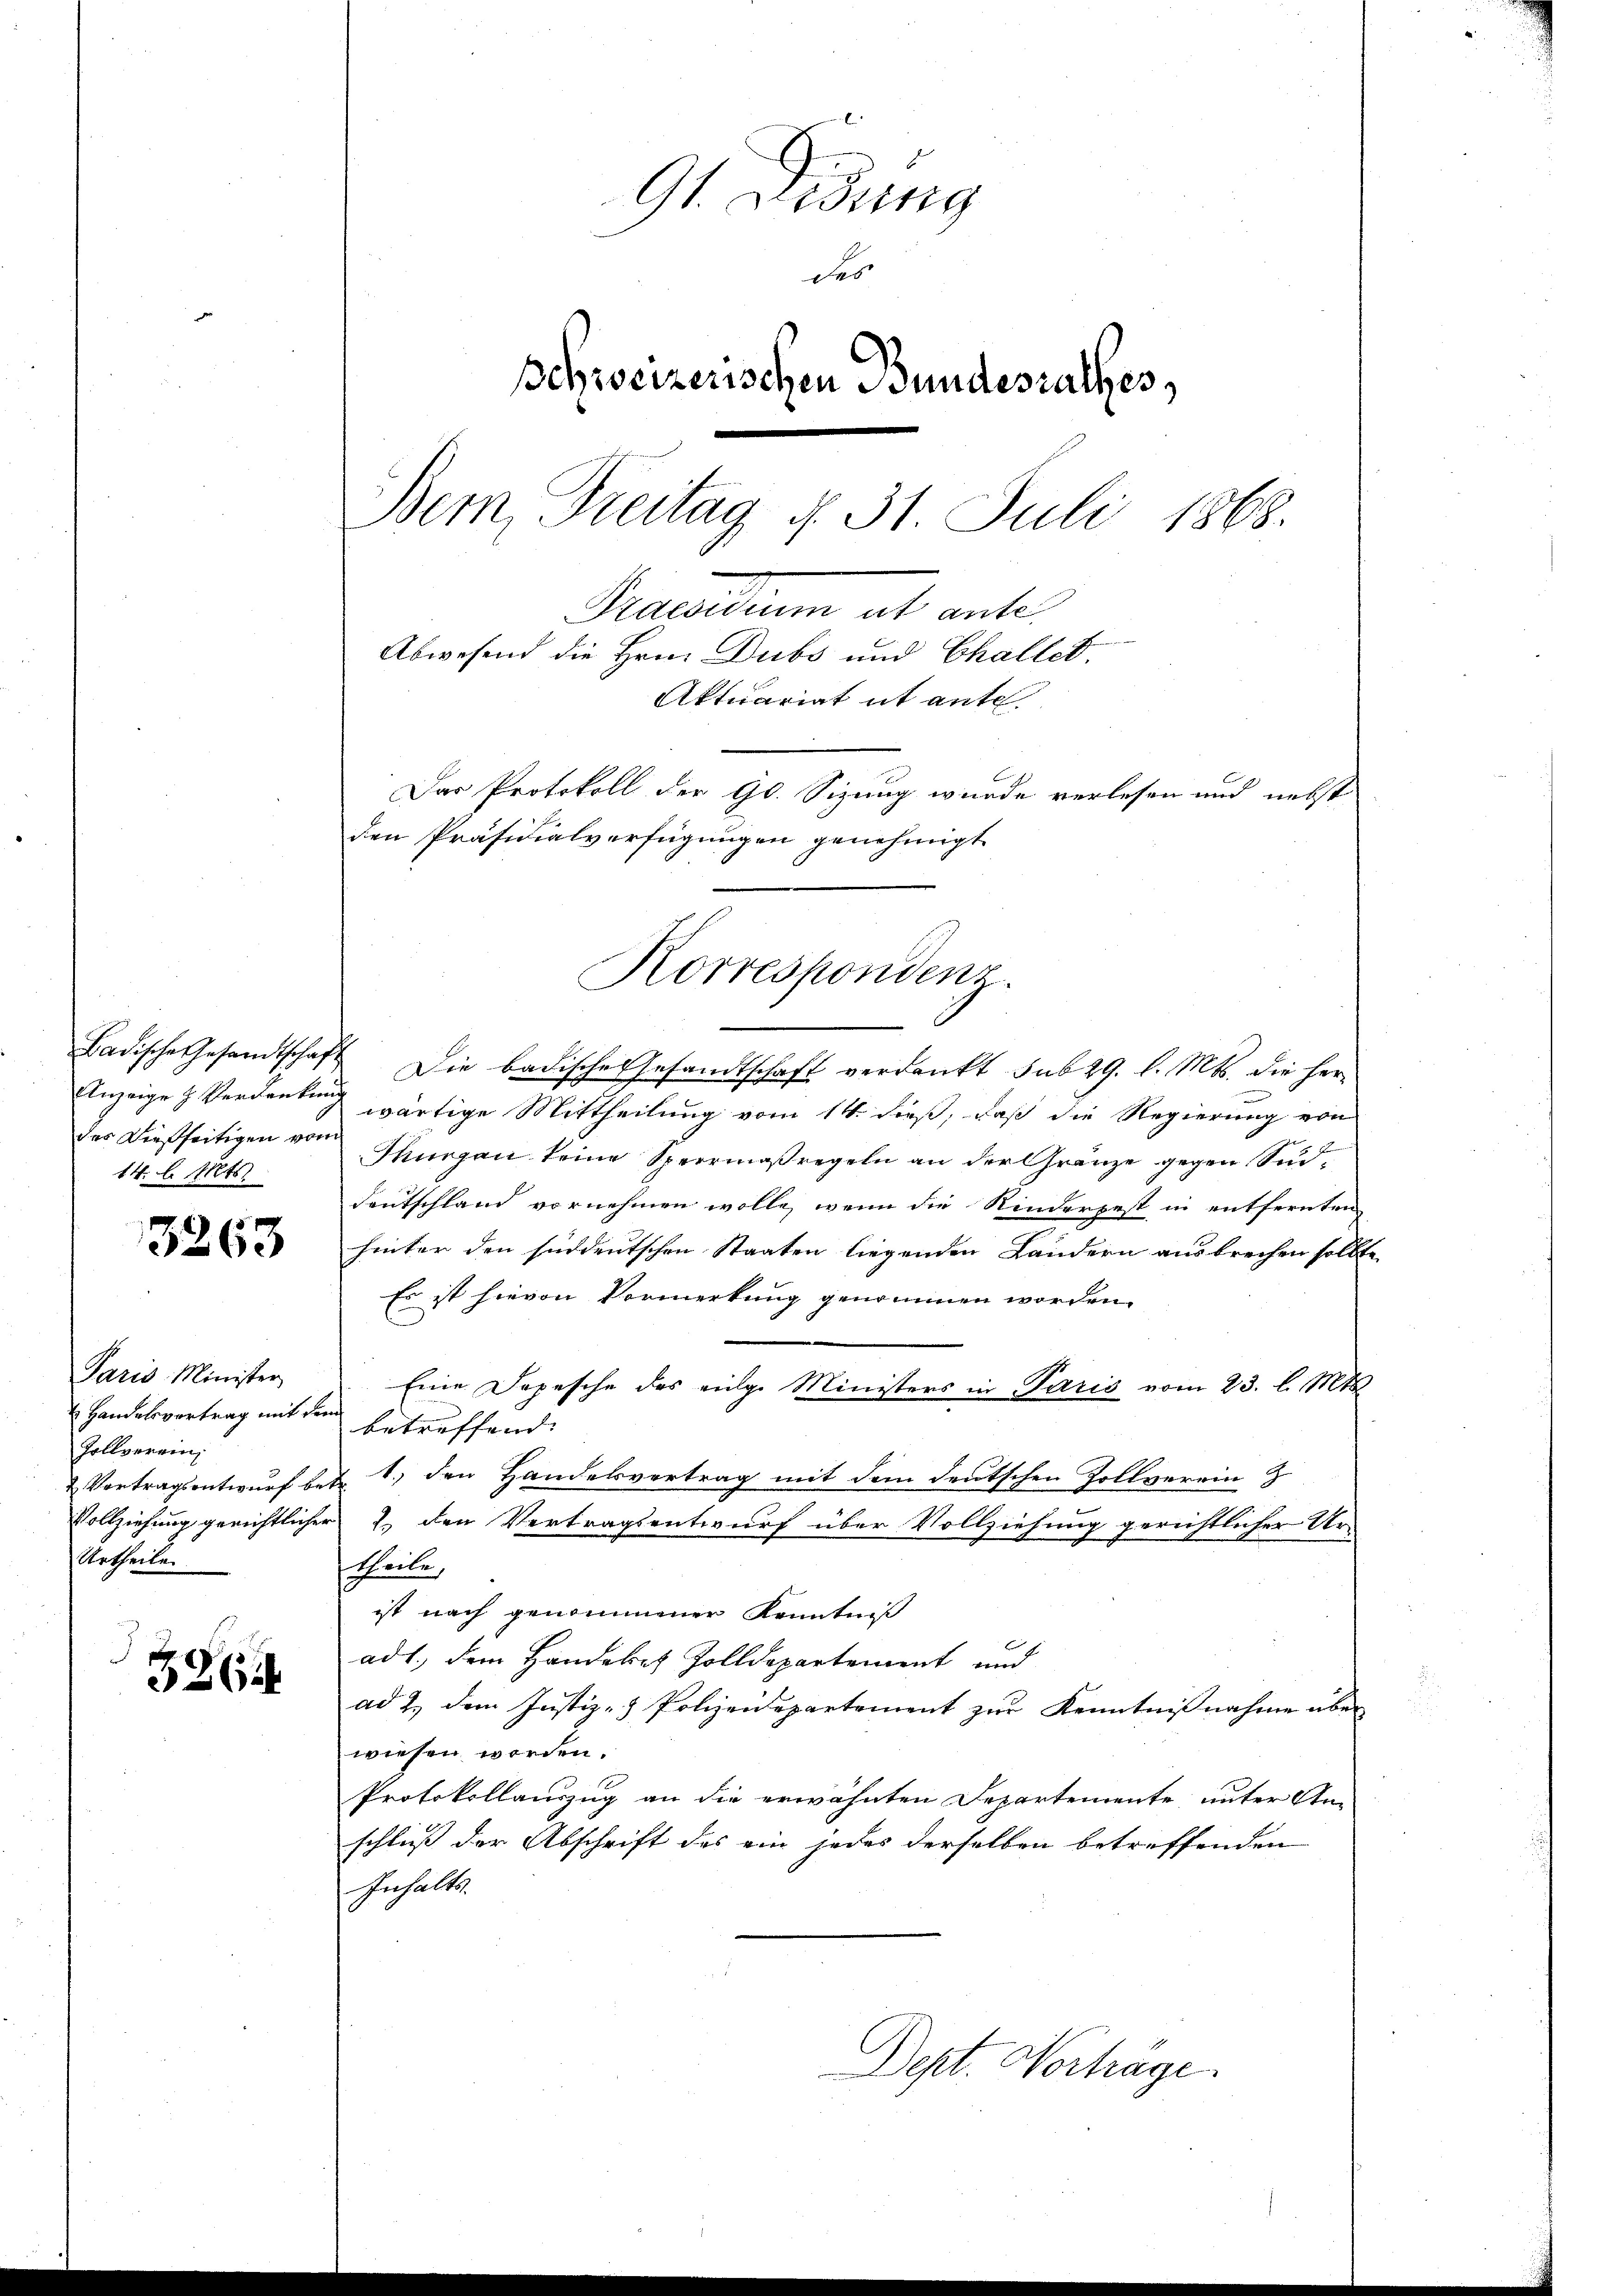
Badische Gesandtschaf
Anzeige & Verdanken
das dießseitigen von
14. l. Mts.

3263

Paris Minister
Handelsvortrag mit de
Zollverein,
Vertragsentwurf be¬
Vollziehung gerichtliche
Urtheilen.

326

91. Didung
des
schweizerischen Bundesrathes,
Bern, Freitag d. 31. Juli 1868.
Praesidium ut ante
Abwesend die Hrn. Dubs und Challet
Aktuariat it ante
Das Protokoll der Gl. Sizung wurde verlesen und nebst
den Präsidialverfügungen genehmigt.

Korrespondenz.

2 Die badische Gesandtschaft verdankt sub 29. l. Mts. die herwärtige Mittheilung vom 14. dieß, daß die Regierung von
Thurgau keine Speermaßregeln an der Gränze gegen Sud¬
Deutschland vornehmen wolle, wenn die Kinderpest in entfernten
hinter den süddeutschen Staaten liegenden Ländern ausbrechen sollte,
Es ist hievon Vormerkung genommen worden.
Eine Depesche des eige Ministers in Paris vom 23. l. Mts.
betreffend
1.) den Handelsvertrag mit dem deutschen Zollverein &
2. den Vertragsentwurf über Vollziehung gerichtlicher Ur-
theile,
ist nach genommener Kenntniß
ad 1., dem Handeret Zolldepartement und
ad 2. dem Justiz- & Polizeidepartement zur Kenntnißnahme über
wiesen worden.
Protokollauszug an die erwähnten Departemente unter An-
schluß der Abschrift des ein jedes derselben betreffenden
Inhalts.
Dept. Vortrage.